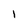
Character: I